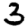
Digit: 3